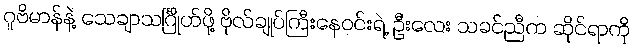
ဂူဗိမာန်နဲ့ သေချာသင်္ဂြိုဟ်ဖို့ ဗိုလ်ချုပ်ကြီးနေဝင်းရဲ့ ဦးလေး သခင်ညီက ဆိုင်ရာကို